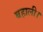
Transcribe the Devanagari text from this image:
बहाली।